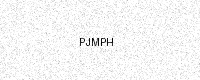
Text: PJMPH